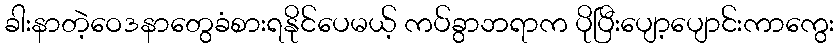
ခါးနာတဲ့ဝေဒနာတွေခံစားရနိုင်ပေမယ့် ကပ်ခွာဘရာက ပိုပြီးပျော့ပျောင်းကာကွေး